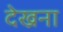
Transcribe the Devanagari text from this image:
देख्रना